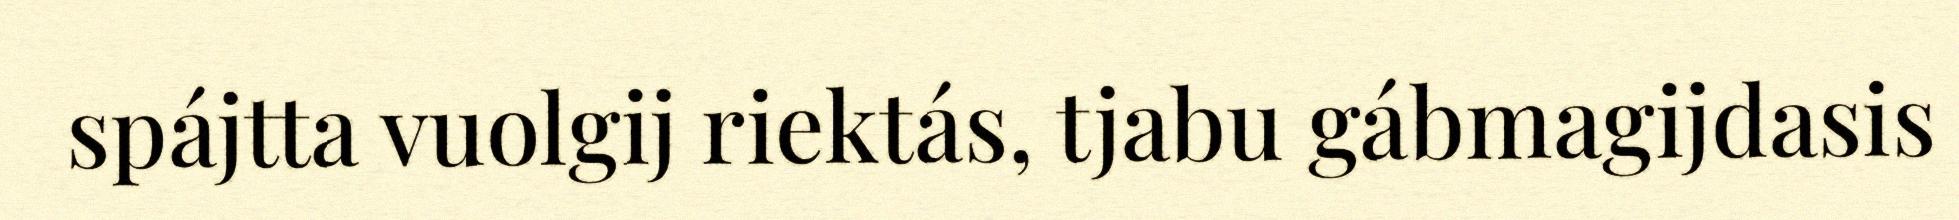
spájtta vuolgij riektás, tjabu gábmagijdasis